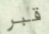
قبر